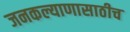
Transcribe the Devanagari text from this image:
जनकल्याणासाठीच